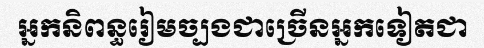
អ្នកនិពន្ធរៀមច្បងជាច្រើនអ្នកទៀតជា